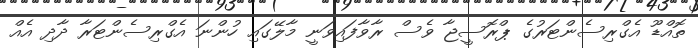
ތޮއްޑޫ އެގްރިސެންޓަރުގެ ޕްރޮސީޖާ ވެސް ރާވާފައިވަނީ މާލޭގައި ހުންނަ އެގްރިސެންޓަރާ ދާދި އެއް